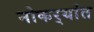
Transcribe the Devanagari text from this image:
नोकर्‍यांत